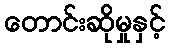
တောင်းဆိုမှုနှင့်